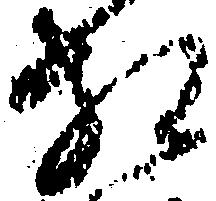
相